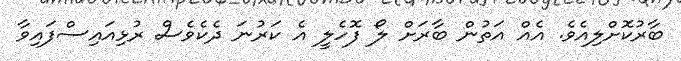
ބާރުކޮށްލިއެވެ. އެއް އަތުން ބާރަށް ލޯ ފޮހެލީ އެ ކަރުނަ ދެކެވެސް ރުޅިއައިސްފައިވާ